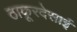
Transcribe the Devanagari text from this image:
ठाकूरदेसाई